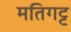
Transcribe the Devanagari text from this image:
मतिगट्ट